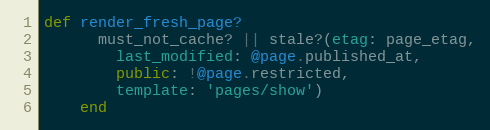
Language: Ruby
def render_fresh_page?
      must_not_cache? || stale?(etag: page_etag,
        last_modified: @page.published_at,
        public: !@page.restricted,
        template: 'pages/show')
    end